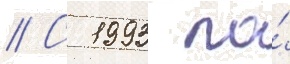
// С 1993 по́